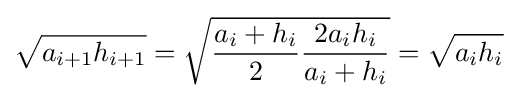
{\sqrt {a_{i+1}h_{i+1}}}={\sqrt {{\frac {a_{i}+h_{i}}{2}}{\frac {2{a_{i}}{h_{i}}}{a_{i}+h_{i}}}}}={\sqrt {{a_{i}}{h_{i}}}}